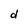
Character: d